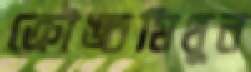
ক্রৌঙ্চমিথুন